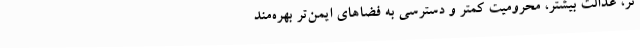
تر، عدالت بیشتر، محرومیت کمتر و دسترسی به فضاهای ایمن‌تر بهره‌مند